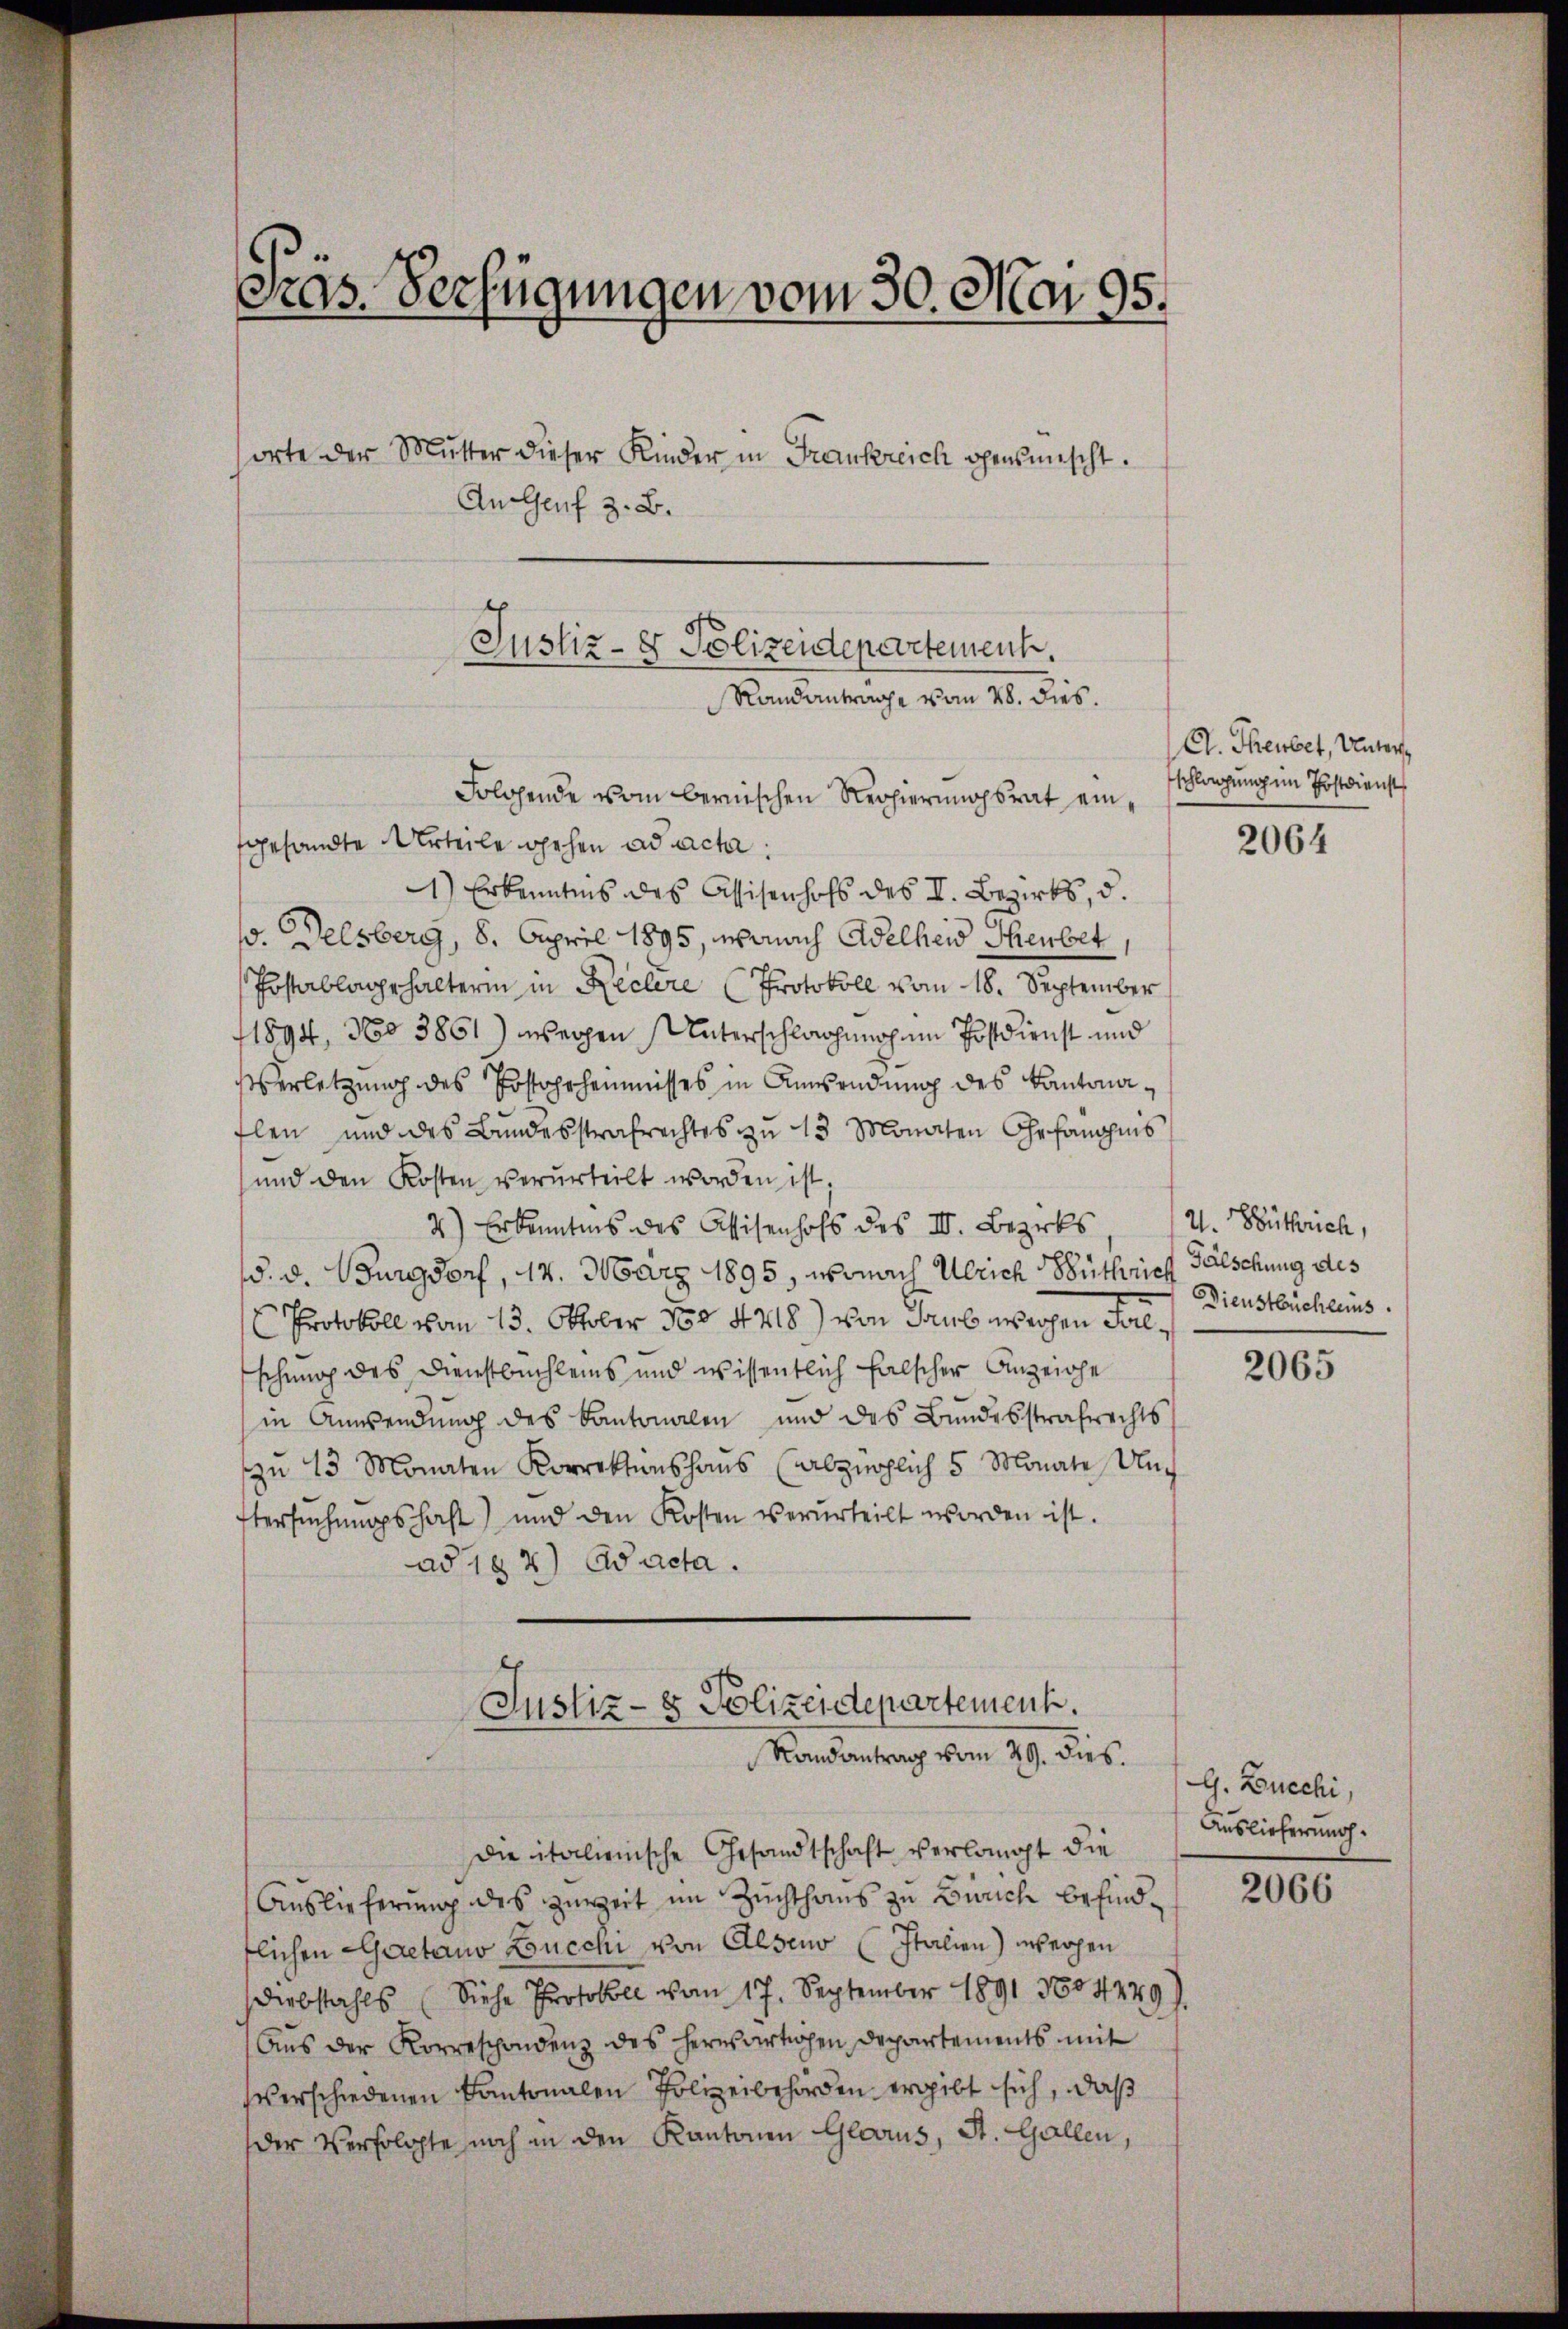
Folgende vom bernischen Regierungsrat eingesandte Urteile gehen ad ach:
1) Erkenntnis des Assisenhofs des II. Bezirks, d.
. Delsberg, 8. April 1895, wonach Adelheid Therbet
Postablagehalterin in Reclere Protokoll vom 18. September
1894, No 3861) wegen Unterschlagung ein Postdirnst und
Verletzung des Postahrheimnisses in Anwendung des Kantonaflen und des Bundesstrafrechtes zu 13 Monaten Gefangins
und den Kosten verurteilt worden ist,
2) Erkenntnis des Assisenhofs des III. Bezirks 4. Büthouch,
d. d. Burgdorf, 14. März 1895, wonach Ulrich Büthrich
Protokoll vom 13. Oktober 180 448) von Taub wegen Falschung des Dienstbuchleins und wissentlich falscher Anzeige
in Anwendung des Kantonalen und des Bundesstrafrechts
u 13 Monaten Korrektenshaus (abzüglich 5 Monate Untersuchungshaft) und den Kosten verurteilt worden ist.
ad 182) Aacta.

Fras. Verfügungen vom 30. Mai 95.
orte der Mutter dieser Kinder in Frankreich ohensmischt.
An Genf z. B.
Justiz- & Polizeidepartement.
Randantrage vom 28. dies.

Justiz- & Polizeidepartement.
Randantrag vom 29. dies G. Boucchi,

die italienische Gesandtschaft verlangt die
Auslieferung des Zuweit im Zuchthaus zu Zürich befindflichen Gaetano Boucchi von Alsens (Italien) wegen
Diebstahls (Siehe Protokoll vom 17. September 1891 1004229).
Aŭs der Korreschondenz des herrsartigen Departements mit
verschiedenen Kantonalen Polizeibehörden ergibt sich, daß
der Verfolgte noch in den Kantonen Glarus, St. Gallen,

A. Theubet, Unters
schlagung im Postdienst

2064

Fälschung des
Dienstbüchleins.

2065

Auslieferung.

2066